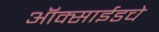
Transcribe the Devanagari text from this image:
ऑक्साईडचे